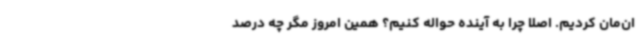
ان‌مان کردیم. اصلاً چرا به آینده حواله کنیم؟ همین امروز مگر چه درصد